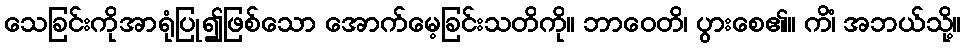
သေခြင်းကိုအာရုံပြု၍ဖြစ်သော အောက်မေ့ခြင်းသတိကို။ ဘာဝေတိ၊ ပွားစေ၏။ ကိံ၊ အဘယ်သို့။